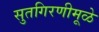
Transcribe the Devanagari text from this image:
सुतगिरणीमूळे